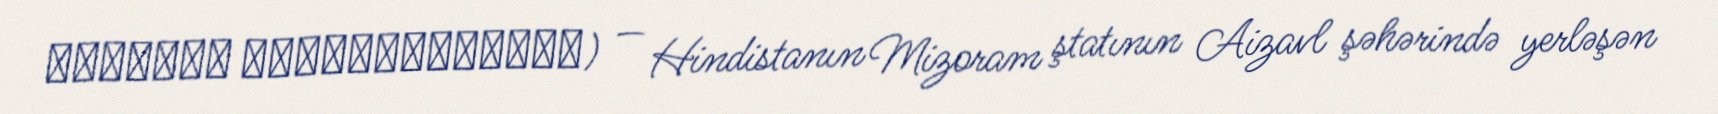
मिज़ोरम विश्वविद्यालय) — Hindistanın Mizoram ştatının Aizavl şəhərində yerləşən